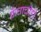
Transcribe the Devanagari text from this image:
फ्रेंचाचीही